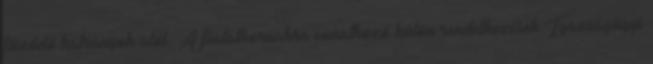
fűződő hátrányok alól. A fiatalkorúakra vonatkozó külön rendelkezések Igazságügyi